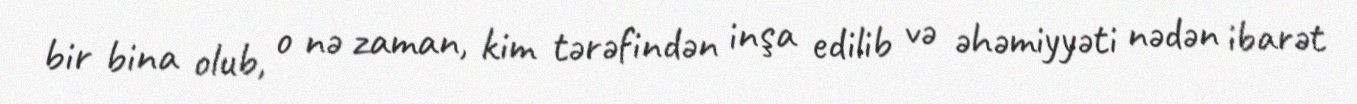
bir bina olub, o nə zaman, kim tərəfindən inşa edilib və əhəmiyyəti nədən ibarət